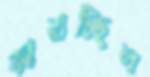
জারাচ্ছিল